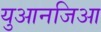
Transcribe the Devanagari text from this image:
युआनजिआ